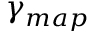
\gamma _ { m a p }